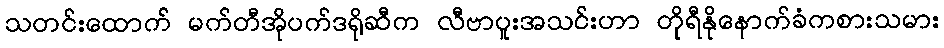
သတင်းထောက် မက်တီအိုပက်ဒရိုဆီက လီဗာပူးအသင်းဟာ တိုရီနိုနောက်ခံကစားသမား